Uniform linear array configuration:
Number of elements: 16
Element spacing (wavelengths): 0.25
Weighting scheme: uniform
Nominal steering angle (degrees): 15
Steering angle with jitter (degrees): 15.923
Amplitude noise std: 0.05
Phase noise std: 0.05

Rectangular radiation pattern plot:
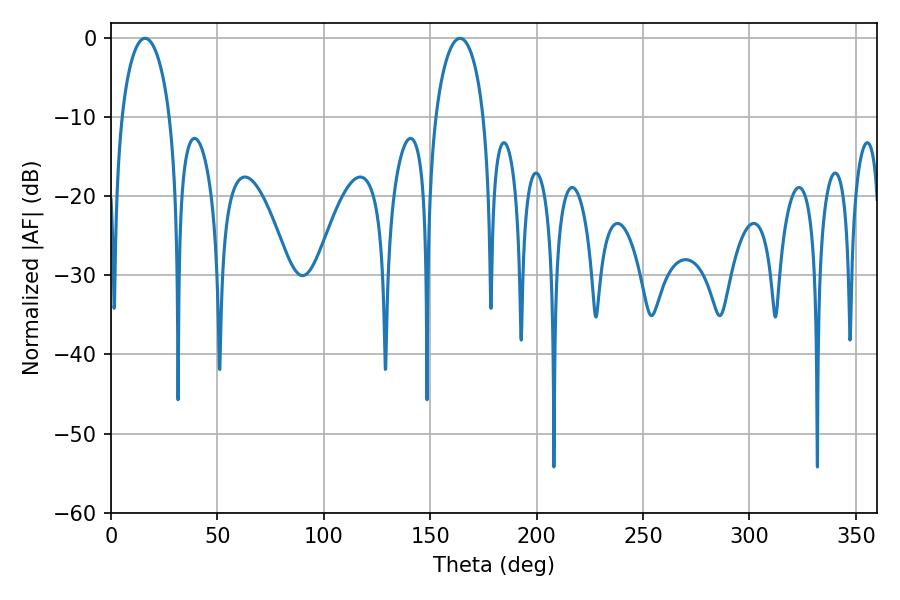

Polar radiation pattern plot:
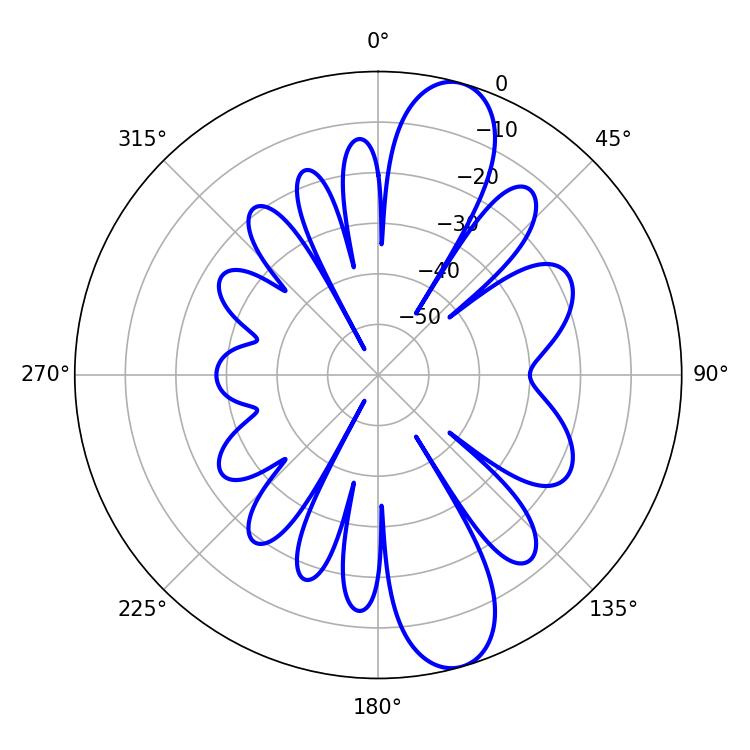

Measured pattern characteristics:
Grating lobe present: FALSE
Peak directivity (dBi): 11.434
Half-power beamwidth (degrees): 13.14
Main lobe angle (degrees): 16.02